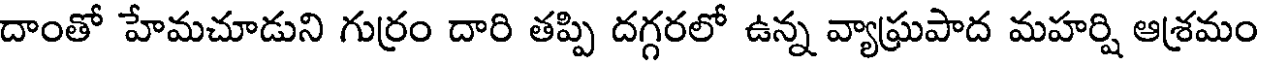
దాంతో హేమచూడుని గుర్రం దారి తప్పి దగ్గరలో ఉన్న వ్యాఘ్రపాద మహర్షి ఆశ్రమం